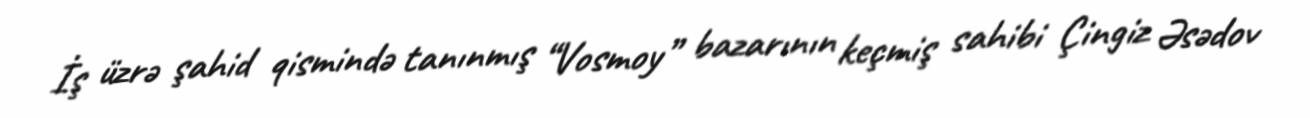
İş üzrə şahid qismində tanınmış “Vosmoy” bazarının keçmiş sahibi Çingiz Əsədov